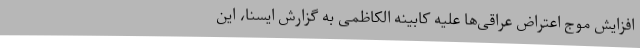
افزایش موج اعتراض عراقی‌ها علیه کابینه الکاظمی به گزارش ایسنا، این